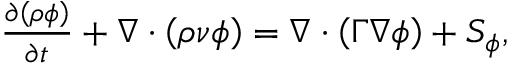
\begin{array} { r } { \frac { \partial \left( \rho \phi \right) } { \partial t } + \boldsymbol { \nabla } \cdot \left( \rho \boldsymbol { \nu } \phi \right) = \boldsymbol { \nabla } \cdot \left( \Gamma \boldsymbol { \nabla } \phi \right) + S _ { \phi } , } \end{array}